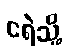
ငရဲသို့